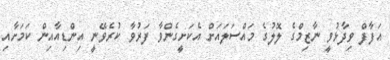
އަފާފް ވިދާޅުވީ ނާޒިމްގެ ލޮލުގެ މައްސަލައަށް އެކަށީގެންވާ ފަރުވާ ކުރެވޭނީ އިންޑިއާއިން ކަމަށާއި